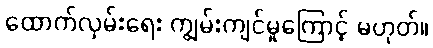
ထောက်လှမ်းရေး ကျွမ်းကျင်မှုကြောင့် မဟုတ်။